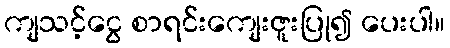
ကျသင့်ငွေ စာရင်းကျေးဇူးပြု၍ ပေးပါ။